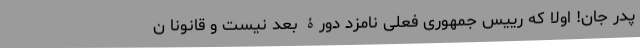
پدر جان! اولا که رییس جمهوری فعلی نامزد دورۀ بعد نیست و قانوناً ن